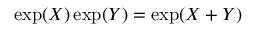
\exp ( X ) \exp ( Y ) = \exp ( X + Y )